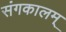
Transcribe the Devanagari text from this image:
संगकालम्